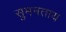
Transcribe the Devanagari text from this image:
सुमनताय